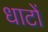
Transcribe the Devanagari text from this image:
धाटों